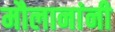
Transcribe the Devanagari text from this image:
मौलानांनी